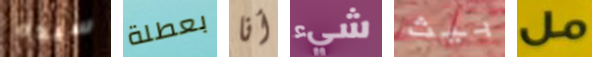
سيده بعطلة أنا شيء بيث مل